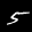
Label: 5